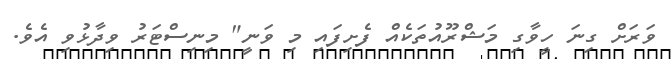
ވަރަށް ގިނަ ހީވާގި މަޝްރޫއުތަކެއް ފެށިފައި މި ވަނީ" މިނިސްޓަރު ވިދާޅުވި އެވެ.